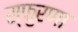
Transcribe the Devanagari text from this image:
स्फुरणा